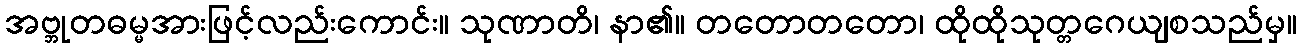
အဗ္ဘုတဓမ္မအားဖြင့်လည်းကောင်း။ သုဏာတိ၊ နာ၏။ တတောတတော၊ ထိုထိုသုတ္တဂေယျစသည်မှ။